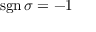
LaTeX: \operatorname { s g n } \sigma = - 1